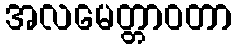
အလမေတ္တာဝတာ